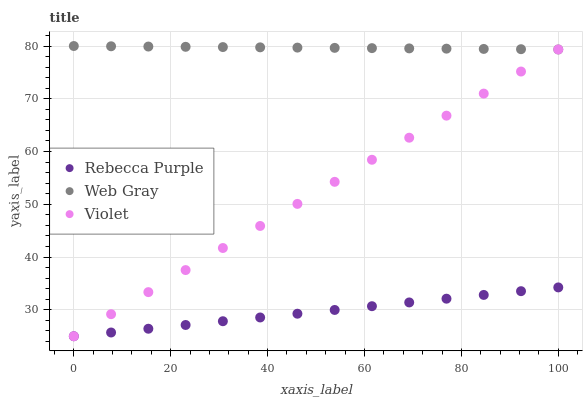
| xaxis_label | Rebecca Purple | Web Gray | Violet |
 | --- | --- | --- | --- |
 | 0 | 25 | 80 | 25 |
 | 7.69 | 25.7 | 79.9 | 29.2 |
 | 15.4 | 26.4 | 79.9 | 33.4 |
 | 23.1 | 27.1 | 79.8 | 37.5 |
 | 30.8 | 27.8 | 79.8 | 41.7 |
 | 38.5 | 28.6 | 79.7 | 45.9 |
 | 46.2 | 29.3 | 79.7 | 50.1 |
 | 53.8 | 30 | 79.6 | 54.3 |
 | 61.5 | 30.7 | 79.6 | 58.4 |
 | 69.2 | 31.4 | 79.5 | 62.6 |
 | 76.9 | 32.1 | 79.5 | 66.8 |
 | 84.6 | 32.8 | 79.4 | 71 |
 | 92.3 | 33.5 | 79.4 | 75.2 |
 | 100 | 34.3 | 79.3 | 79.3 |